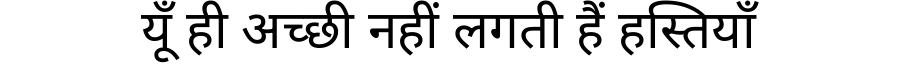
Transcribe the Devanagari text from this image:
यूँ ही अच्छी नहीं लगती हैं हस्तियाँ